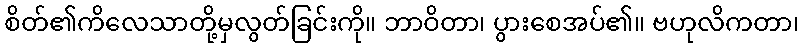
စိတ်၏ကိလေသာတို့မှလွတ်ခြင်းကို။ ဘာဝိတာ၊ ပွားစေအပ်၏။ ဗဟုလိကတာ၊